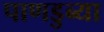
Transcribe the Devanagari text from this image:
पाणडुब्या